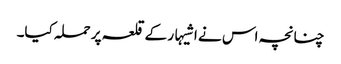
چنانچہ اس نے اشیہار کے قلعہ پر حملہ کیا۔